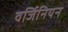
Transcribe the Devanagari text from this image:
वर्जिनियन